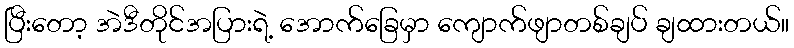
ပြီးတော့ အဲဒီတိုင်အပြားရဲ့ အောက်ခြေမှာ ကျောက်ဖျာတစ်ချပ် ချထားတယ်။